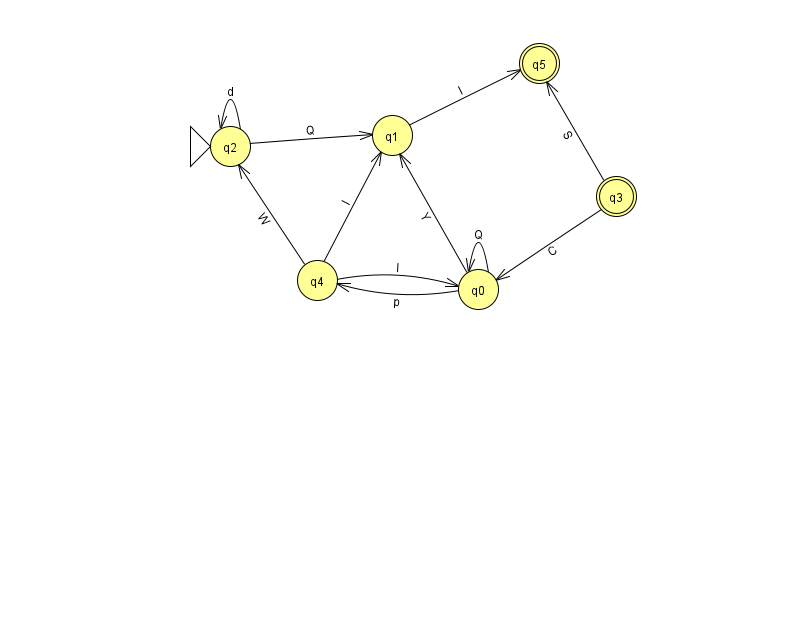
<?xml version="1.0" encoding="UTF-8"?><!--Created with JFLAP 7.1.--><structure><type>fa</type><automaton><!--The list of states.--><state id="0" name="q0"><x>478.0</x><y>276.0</y></state><state id="1" name="q1"><x>392.0</x><y>122.0</y></state><state id="2" name="q2"><x>230.0</x><y>133.0</y><initial/></state><state id="3" name="q3"><x>616.0</x><y>183.0</y><final/></state><state id="4" name="q4"><x>317.0</x><y>267.0</y></state><state id="5" name="q5"><x>539.0</x><y>50.0</y><final/></state><!--The list of transitions.--><transition><from>0</from><to>0</to><read>Q</read></transition><transition><from>0</from><to>4</to><read>p</read></transition><transition><from>2</from><to>2</to><read>d</read></transition><transition><from>1</from><to>5</to><read>l</read></transition><transition><from>3</from><to>5</to><read>S</read></transition><transition><from>3</from><to>0</to><read>C</read></transition><transition><from>2</from><to>1</to><read>Q</read></transition><transition><from>4</from><to>1</to><read>I</read></transition><transition><from>4</from><to>0</to><read>I</read></transition><transition><from>0</from><to>1</to><read>Y</read></transition><transition><from>4</from><to>2</to><read>W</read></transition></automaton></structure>